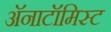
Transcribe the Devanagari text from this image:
अॅनाटॉमिस्ट